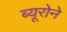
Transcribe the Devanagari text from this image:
ब्यूरोने